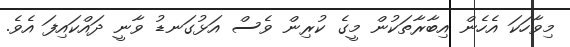
މިވާހަކަ އެހެން އިބާރާތަކުން މީގެ ކުރިން ވެސް އަޅުގަނޑު ވާނީ ދައްކައިފަ އެވެ.